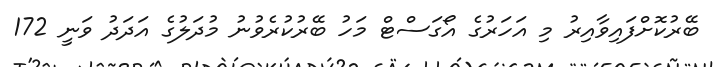
ބޭރުކޮށްފައިވާއިރު މި އަހަރުގެ އޯގަސްޓް މަހު ބޭރުކުރެވުނު މުދަލުގެ އަދަދު ވަނީ 172